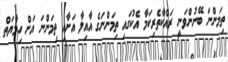
ތިމަންނަ ބޭނުންވަނީ ރައްކާތެރިކަމާ އެކުގައި ތިމަންނަގެ އާއިލާ އަށާއި ތިމަންނަ އަށް ހިމާޔަތް